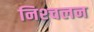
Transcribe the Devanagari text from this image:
निश्‍चलन